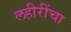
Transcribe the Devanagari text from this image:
लहीरींचा